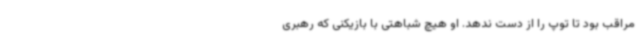
مراقب بود تا توپ را از دست ندهد. او هیچ شباهتی با بازیکنی که رهبری